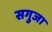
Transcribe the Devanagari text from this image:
सगुजा